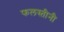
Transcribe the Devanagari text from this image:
फलस्तीनी